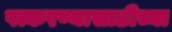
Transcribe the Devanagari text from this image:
पत्करण्यासाठीच्या